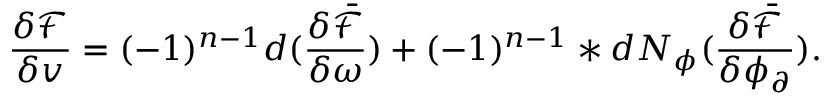
\frac { \delta \mathcal { F } } { \delta v } = ( - 1 ) ^ { n - 1 } d ( \frac { \delta \bar { \mathcal { F } } } { \delta \omega } ) + ( - 1 ) ^ { n - 1 } \ast d N _ { \phi } ( \frac { \delta \bar { \mathcal { F } } } { \delta \phi _ { \partial } } ) .